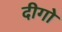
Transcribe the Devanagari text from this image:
दीगो